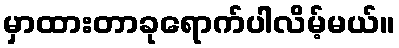
မှာထားတာခုရောက်ပါလိမ့်မယ်။